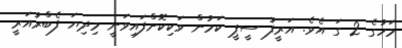
މަހުގެ 2 ގަ އެވެ. އަރީފު ސީޕީ ކަމުން ވަކިކޮށްފައިވަނީ މިދިޔަ ފެބްރުއަރީ